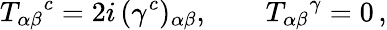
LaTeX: T_{\alpha\beta}{}^{c}=2i\, (\gamma^{c})_{\alpha\beta},\qquad T_{\alpha\beta}{}^{\gamma}=0\, ,